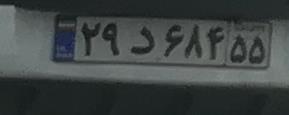
۲۹و۶۸۴۵۵